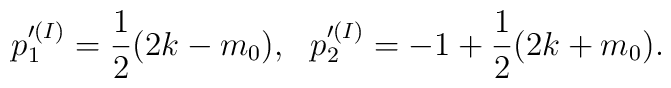
p'^{(I)}_1=\frac{1}{2}(2k-m_0),~~p'^{(I)}_2=-1+\frac{1}{2}(2k+m_0).